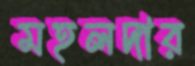
মহলদার